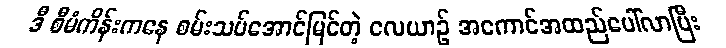
ဒီ စီမံကိန်းကနေ စမ်းသပ်အောင်မြင်တဲ့ လေယာဉ် အကောင်အထည်ပေါ်လာပြီး